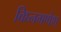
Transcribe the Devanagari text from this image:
विघ्नगणेश